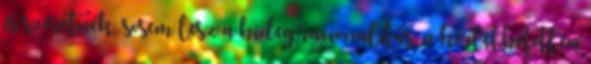
is szeretnék, sosem lesz a hideg racionalitás, a kérlelhetetlen